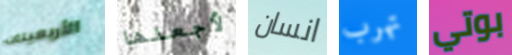
الأربعينات لأجعلها انسان تهرب بوتي